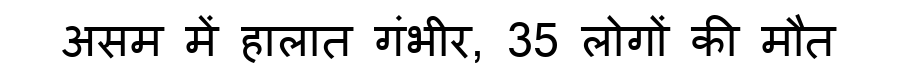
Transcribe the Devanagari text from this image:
असम में हालात गंभीर, 35 लोगों की मौत